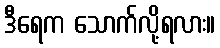
ဒီရေက သောက်လို့ရလား။